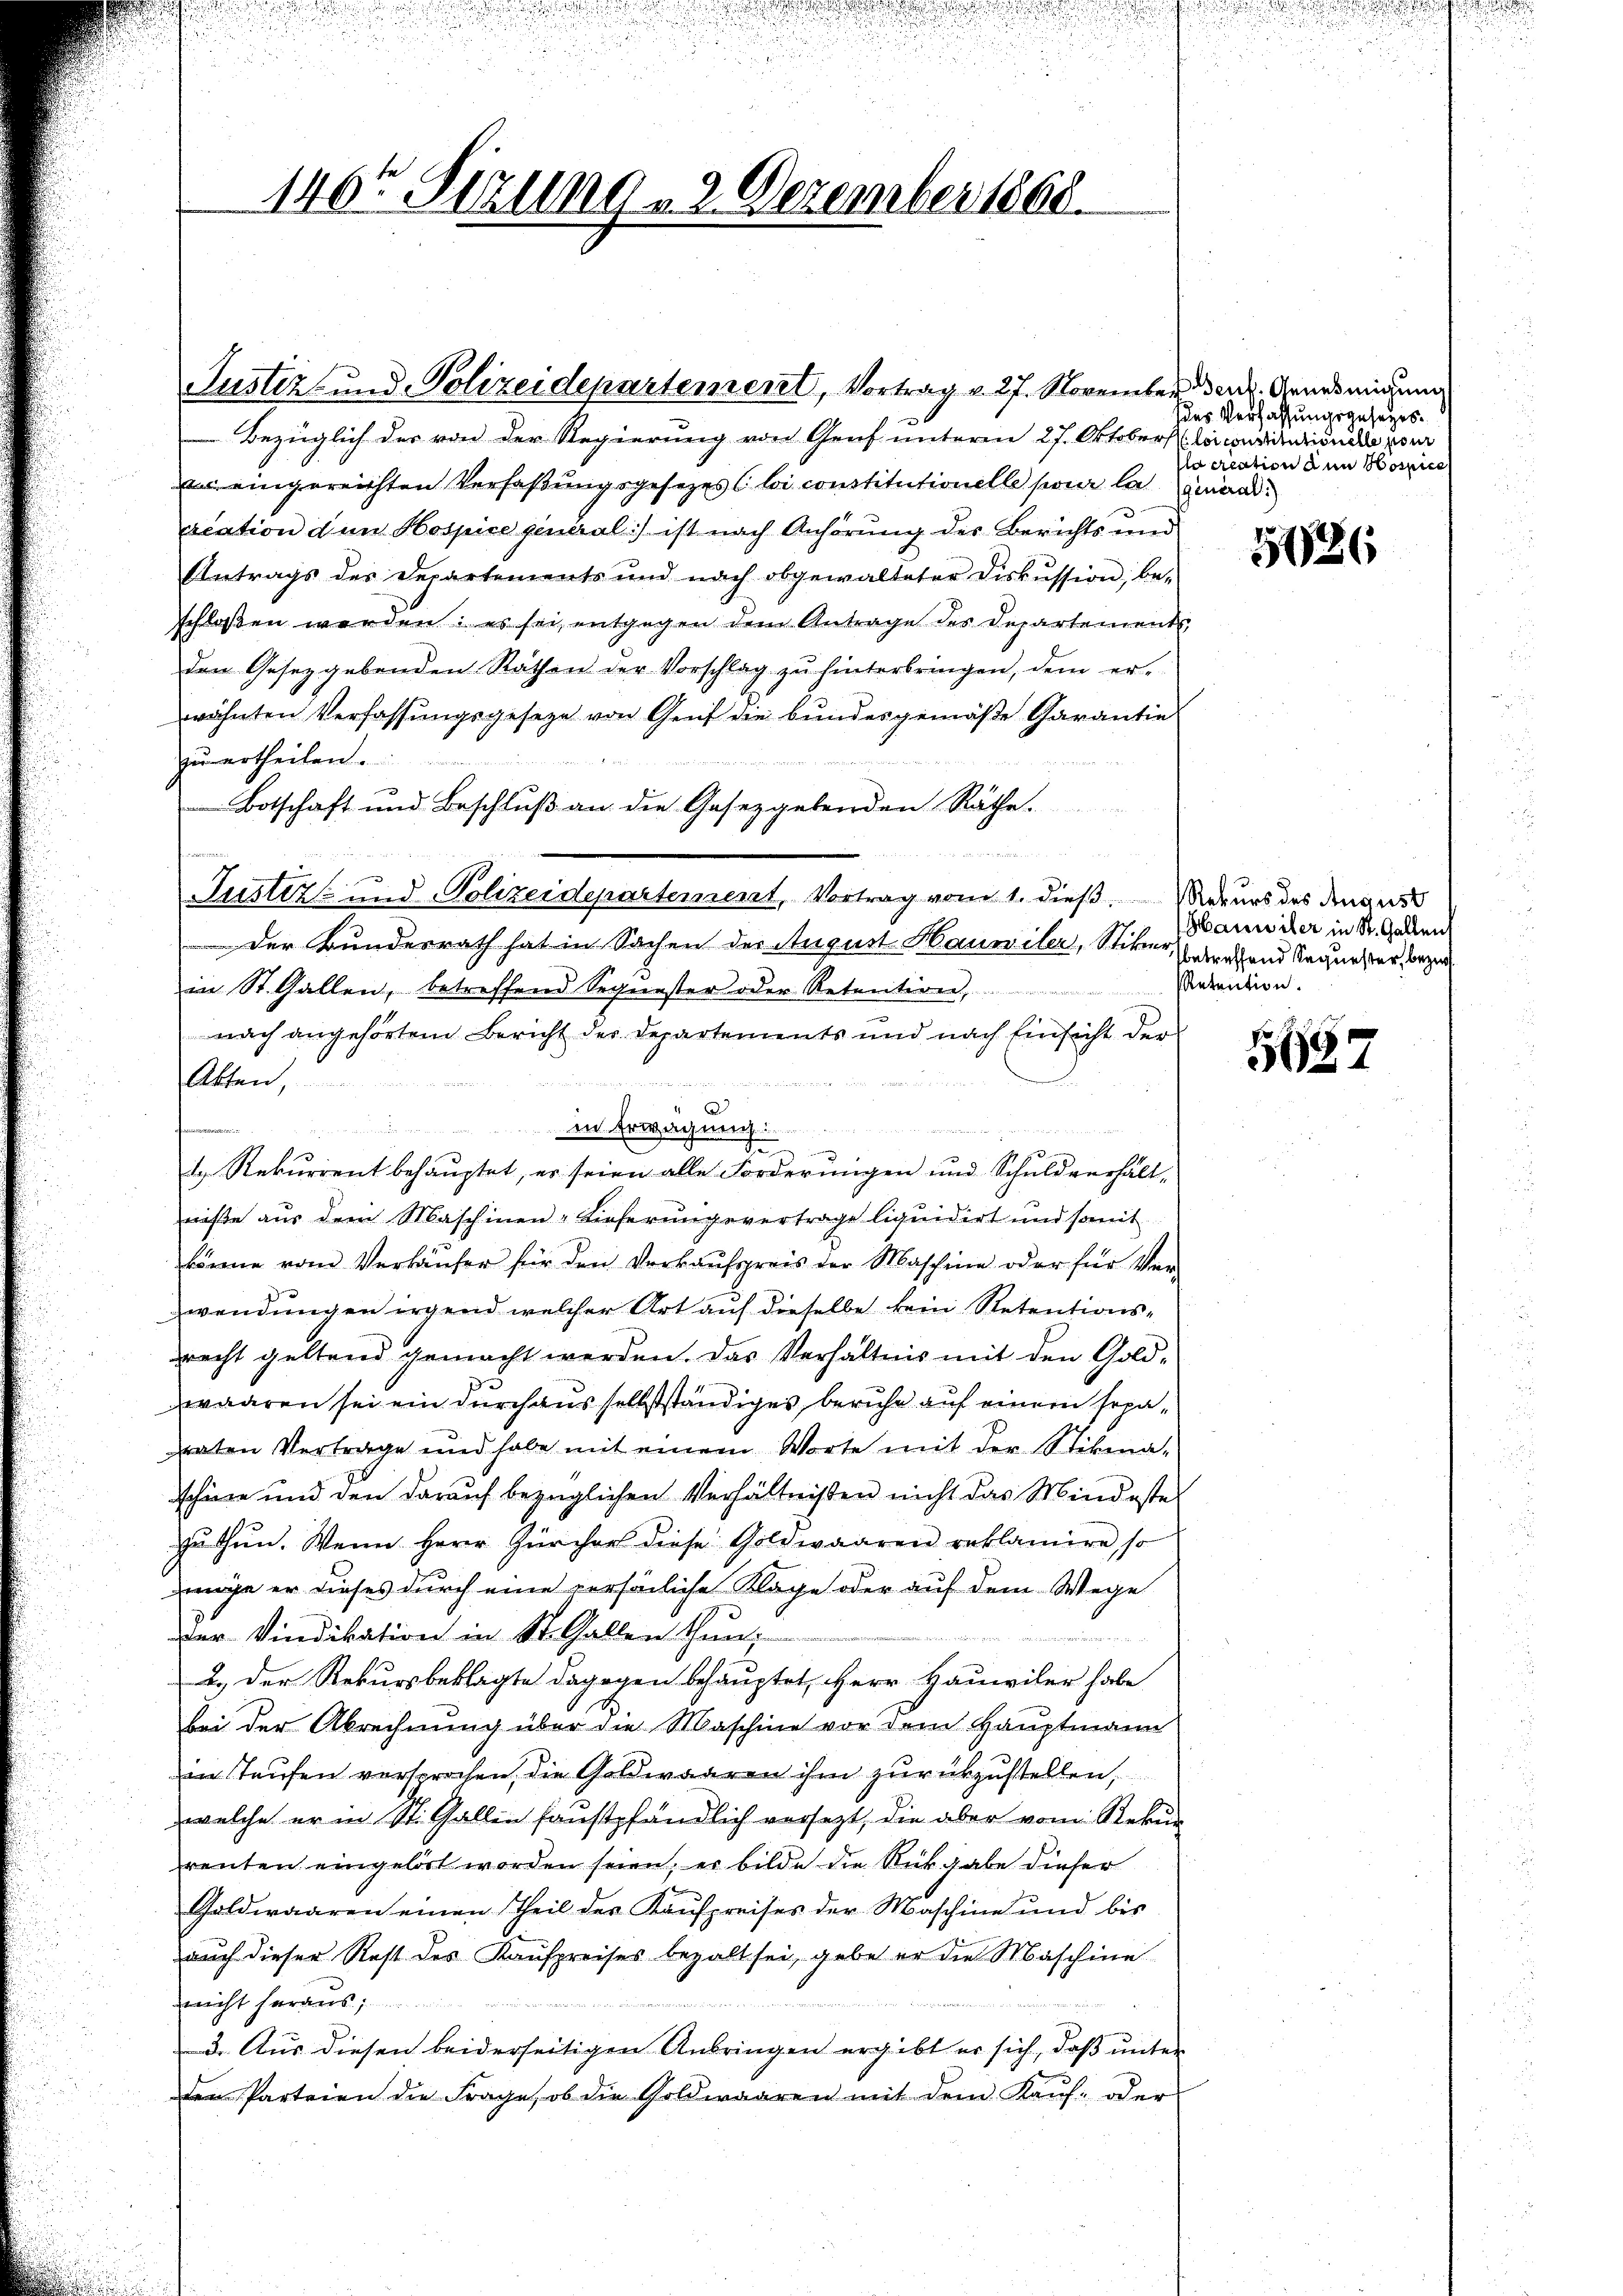
Bezüglich des von der Regierung von Genf unterm 27. Oktobers la curitationale von
Ein eingereichten Verfaßungsgesetzes (loi constitutionelle pour la generalacation dem Hospice general) ist nach Anhörung des Berichts und
Antrags des Departements und nach obgewalteter Diskussion be-
schloßen werden: es sei, entgegen dem Antrage des Departements,
den Gesetzgebenden Rathen der Vorschlag zŭ hinterbringen, dem er-
wähnten Verfassungsgesetze von Genf die bundesgemäße Garantie
zu ertheilen.
Botschaft und Beschluß an die Gesetzgebenden Räthe.
Justiz- und Polizeidepartement, Vortrag vom 1. dieß. Merurs des August
Der Bundesrath hat in Sachen der August Hauwiler, Stiker verland Sagers der Vorze
in St. Gallen, betreffend Sequester oder Retention,
nach angehörten Bericht der Departements und nach Einsicht der
Akten,
u
in Erwägung:
n
d

d. Rekurrent behauptet, er seien alle Forderungen und Schuldverhältniße aus dem Maschinen-Lieferungsvertrage liquidirt und somit
könne vom Verkäŭfer für den Verkaŭfspreis der Maschine oder für Ver-
wendungen irgend welcher Art auf dieselbe kein Retentionsrecht geltend gemacht werden. Das Verhältnis mit den Gold-
waaren sei ein durchausselbstständiges beruhe auf einem separaten Vertrage und habe mit einem Worte mit der Stikma-
schöne und den darauf bezüglichen Verhältnißen nicht das Mindeste
zu thun. Wenn Herr Zürcher diese Goldwaaren reklamire so
möge er dieses durch eine persönliche Kläge oder auf dem Wege
der Vindikation in St. Gallen thun.

d
2.) Der Rekursbeklagte dagegen behauptet, Herr Hausiler habe
bei der Abrechnung über die Maschine vor dem Hauptmann
in Taufen versprochen, die Goldwaaren ihm zurükzustellen,
welche er in St. Gallen faustpfändlich versezt, die aber vom Rekur
renten eingehört worden seien; er bilde die Rückgabe dieser
Galdwaaren einen Theil der Kaufpreises der Maschine und bis
auch dieser Rest des Kaufpreises bezalt sei, gebe er die Maschine
nicht heraus,
3. Aus diesen beiderseitigen Anbringen ergibt er sich, daß unter
den Parteien die Frage, ob die Goldwaaren mit dem Kaŭf- oder

1465 Sizung - 2. Dezember 1868.

Justiz- und Polizeidepartement, Vortrag v. 27. November ders. Annehmigung

des Verfassungsgesezesacication den Hospice

5686

Hauwiler in St. Gallen
 Retraction.

5627